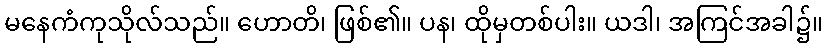
မနေကံကုသိုလ်သည်။ ဟောတိ၊ ဖြစ်၏။ ပန၊ ထိုမှတစ်ပါး။ ယဒါ၊ အကြင်အခါ၌။